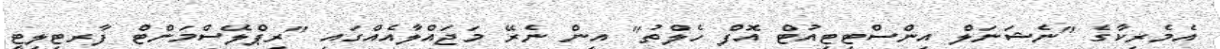
އެމެރިކާގެ "ނެޝަނަލް އިންސްޓިޓިއުޓް އޮފް ހެލްތު" އިން ނެރޭ މަޖައްލާއެއްގައި "ރިޕްލޭސްމަންޓް ފާރޓިލިޓީ